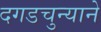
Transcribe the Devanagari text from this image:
दगडचुन्याने